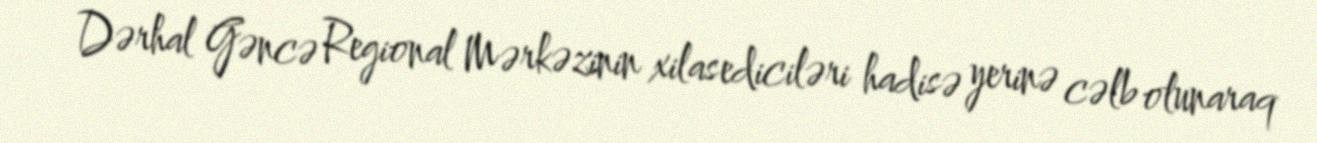
Dərhal Gəncə Regional Mərkəzinin xilasediciləri hadisə yerinə cəlb olunaraq